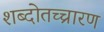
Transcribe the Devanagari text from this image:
शब्दोतच्चारण